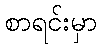
စာရင်းမှာ